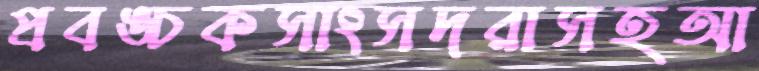
প্রবঙ্চকসাংসদরাসহআ